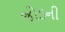
જોડની